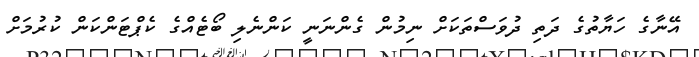
އޭނާގެ ހަޔާތުގެ ދަތި ދުވަސްތަކަށް ނިމުން ގެންނަނީ ކަންނެލި ބޯޓެއްގެ ކެޕްޓަންކަން ކުރުމަށް